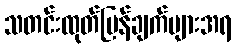
သတင်းထုတ်ပြန်ချက်များအရ